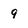
Character: 9